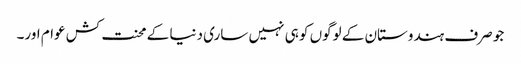
جو صرف ہندوستان کے لوگوں کو ہی نہیں ساری دنیا کے محنت کش عوام اور۔